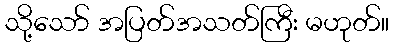
သို့သော် အပြတ်အသတ်ကြီး မဟုတ်။